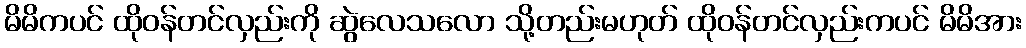
မိမိကပင် ထိုဝန်တင်လှည်းကို ဆွဲလေသလော သို့တည်းမဟုတ် ထိုဝန်တင်လှည်းကပင် မိမိအား